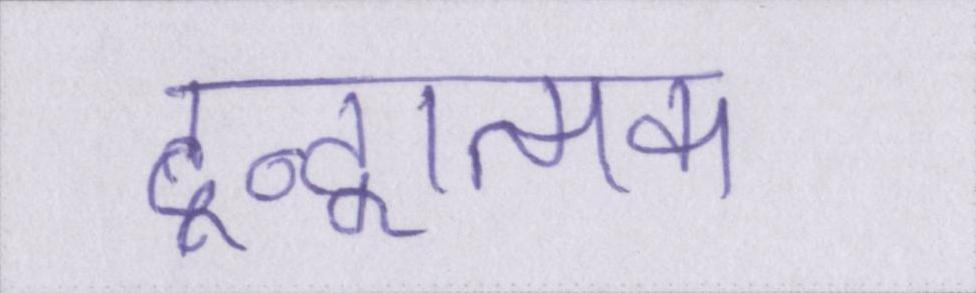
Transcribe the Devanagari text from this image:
द्वन्द्वात्मक